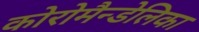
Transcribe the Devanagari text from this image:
कोरोमैन्डेलिका